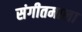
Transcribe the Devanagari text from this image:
संगीतमाला